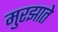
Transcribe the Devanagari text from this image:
मुरझाते